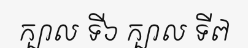
ក្បាល ទី៦ ក្បាល ទី៧